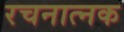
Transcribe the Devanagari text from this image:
रचनात्नक